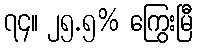
၇၄။ ၂၅.၅% ကြွေးမြီ